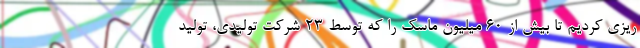
ریزی کردیم تا بیش از ۶۰ میلیون ماسک را که توسط ۲۳ شرکت تولیدی، تولید